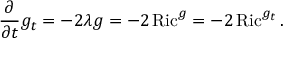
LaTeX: { \frac { \partial } { \partial t } } g _ { t } = - 2 \lambda g = - 2 \operatorname { R i c } ^ { g } = - 2 \operatorname { R i c } ^ { g _ { t } } .